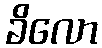
ခိလော